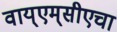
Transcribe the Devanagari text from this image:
वाय्‌एम्‌सीएचा